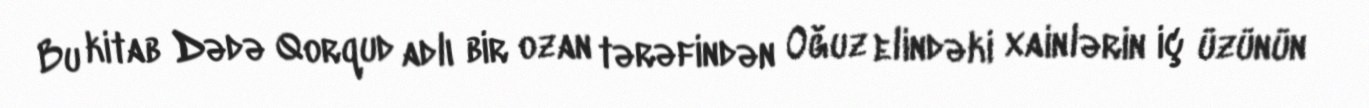
Bu kitab Dədə Qorqud adlı bir ozan tərəfindən Oğuz elindəki xainlərin iç üzünün